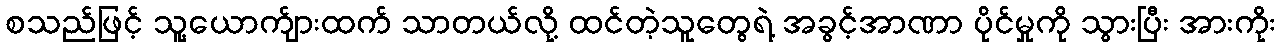
စသည်ဖြင့် သူ့ယောက်ျားထက် သာတယ်လို့ ထင်တဲ့သူတွေရဲ့ အခွင့်အာဏာ ပိုင်မှုကို သွားပြီး အားကိုး